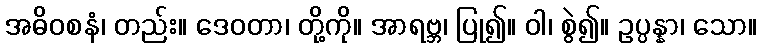
အဓိဝစနံ၊ တည်း။ ဒေဝတာ၊ တို့ကို။ အာရဗ္ဘ၊ ပြု၍။ ဝါ၊ စွဲ၍။ ဥပ္ပန္နာ၊ သော။